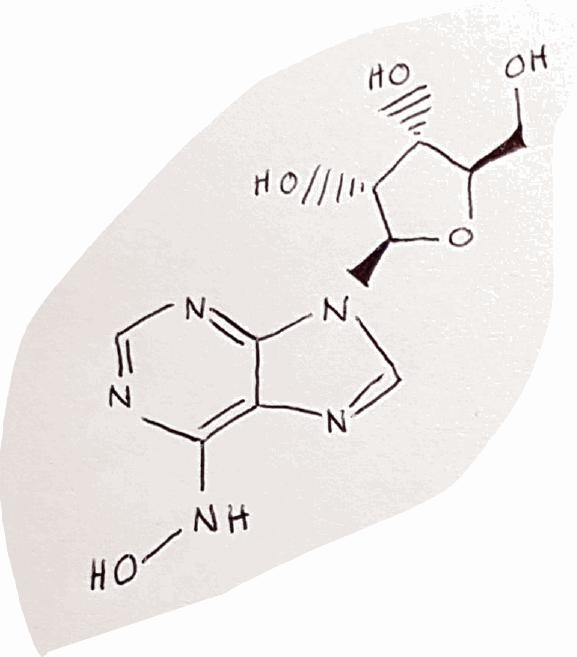
Simplified molecular-input line-entry system (SMILES) notation of the given molecule:
C1=NC(=C2C(=N1)N(C=N2)[C@H]3[C@@H]([C@@H]([C@H](O3)CO)O)O)NO